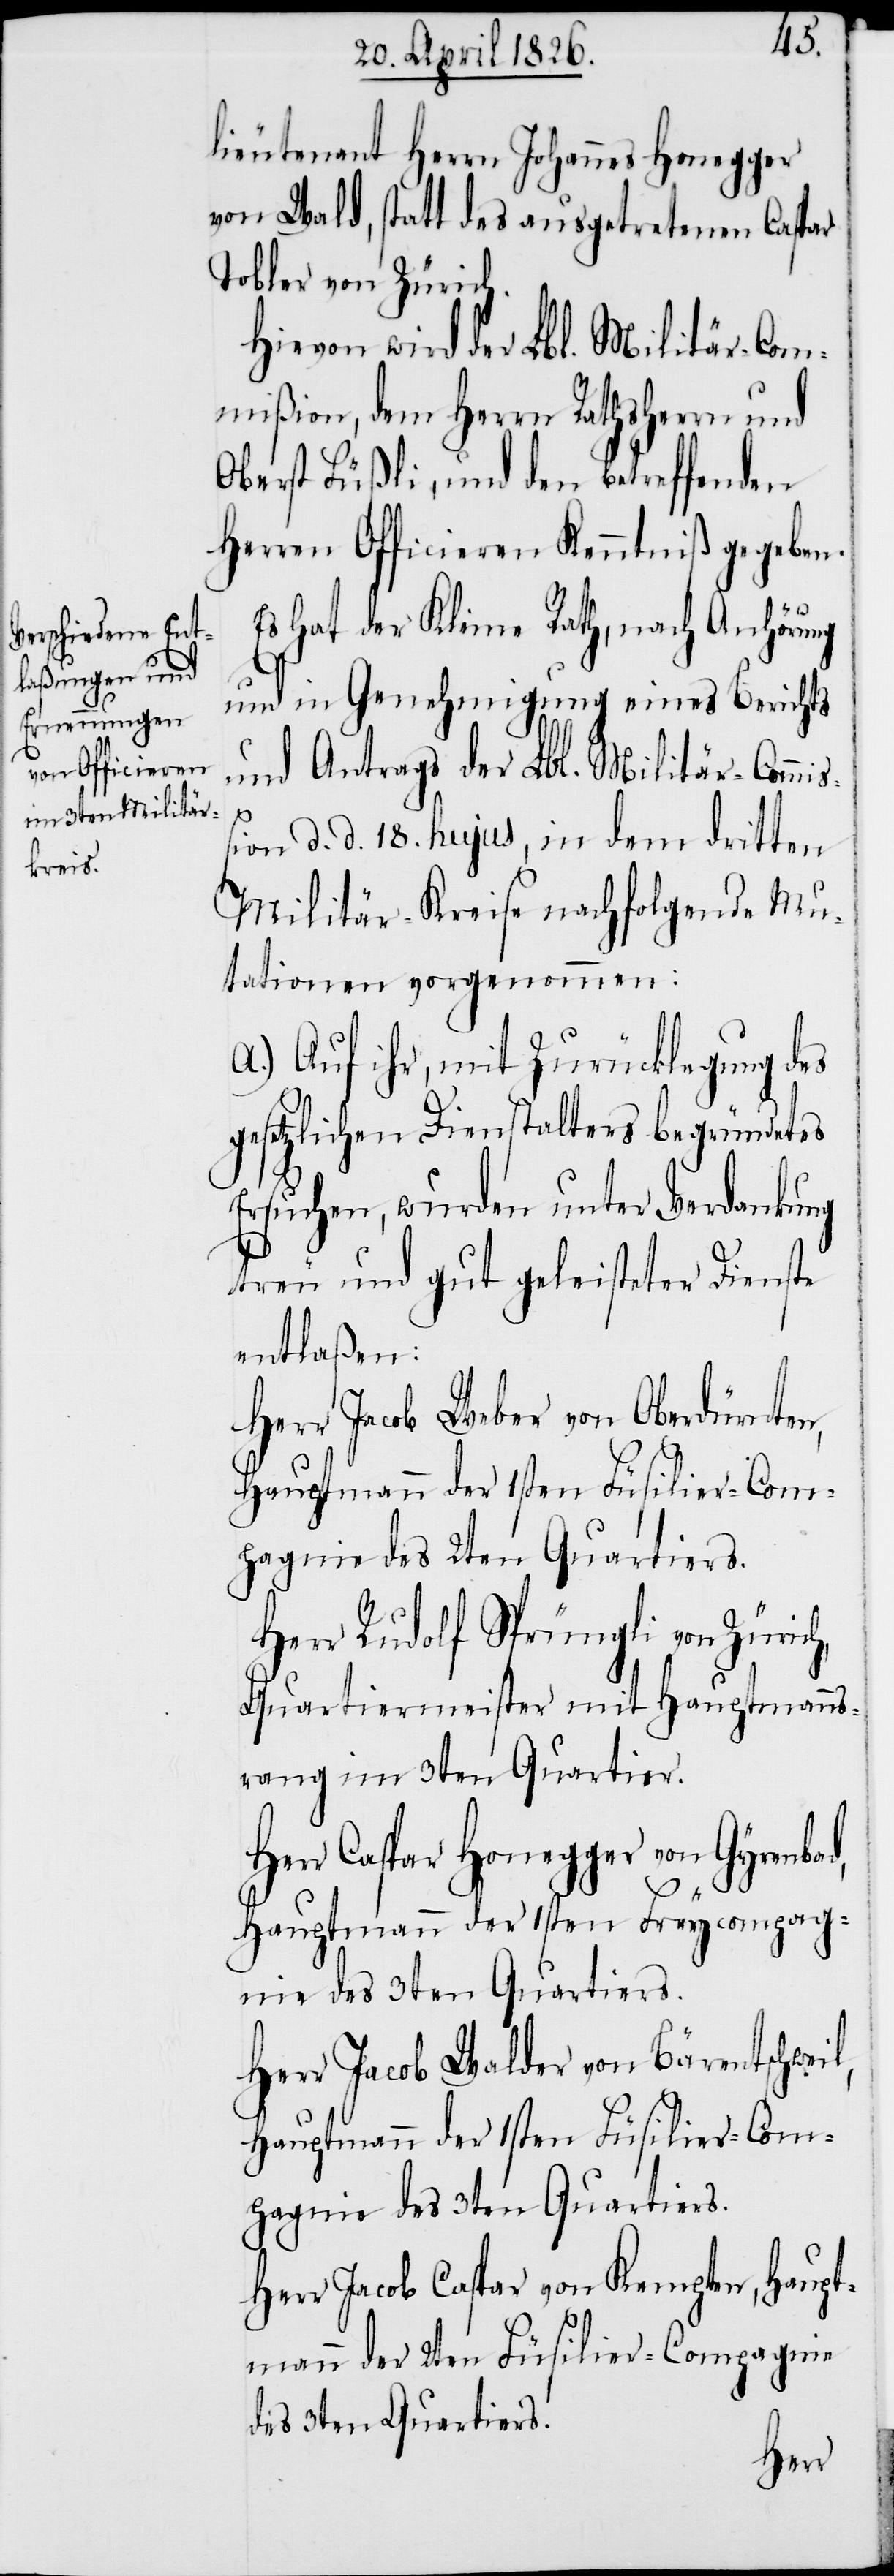
lieutenant Herrn Johannes Honegger
von Wald, statt des ausgetretenen Caspar
Tobler von Zürich.
Hievon wird der Lbl. Militär-Com¬
mißion, dem Herrn Rathsherrn und
Oberst Füßli, und den betreffenden
Herren Officieren Kenntniß gegeben.
Es hat der Kleine Rath, nach Anhörung
und in Genehmigung eines Berichts
und Antrags der Lbl. Militär-Commi¬
l,
ßion d. d. 18. hujus, in dem dritten
Militär-Kreise nachfolgende Mu¬
tationen vorgenommen:
A.) Auf ihr, mit Zurücklegung des
gesetzlichen Dienstalters begründetes
Ersuchen, wurden unter Verdankung
treu und gut geleisteter Dienste
entlaßen:
Herr Jacob Weber von Oberdürnten,
Hauptmann der 1sten Füsilier-Com¬
pagnie des 2ten Quartiers.
Herr Rudolf Sprüngli von Zürich,
Quartiermeister mit Hauptmanns¬
rang im 3ten Quartier.
Herr Caspar Honegger von Gyrenba¬
Hauptmann der 1sten Freycompag¬
nie des 3ten Quartiers.
Herr Jacob Walder von Bärentschwei¬
pagnie des 3ten Quartiers.
Herr Jacob Caspar von Kempten, Haupt¬
mann der 2ten Füsilier-Compagnie
des 3ten Quartiers.